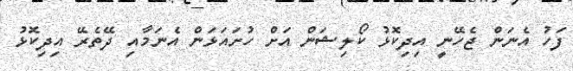
ފަހު އެނަން ޖެހޭނީ އިދިކޮޅު ކޯލިޝަން އަށް ހުށައަޅަން އެނަމާއި ދޭތެރޭ އިދިކޮޅު